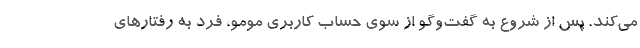
می‌کند. پس از شروع به گفت‌وگو از سوی حساب کاربری مومو، فرد به رفتارهای